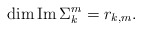
\begin{align*}\dim\operatorname{Im}\Sigma_k^m=r_{k,m}.\end{align*}